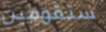
ستقومين